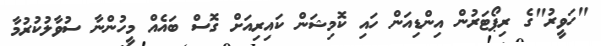
"ހަވީރު"ގެ ރިޕޯޓަރުން އިންޑިއަން ހައި ކޮމިޝަން ކައިރިއަށް ގޮސް ބައެއް މީހުންނާ ސުވާލުކުރުމާ